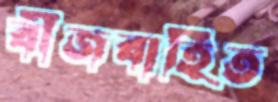
বীজবাহিত